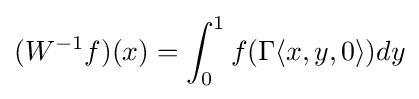
(W^{-1}f)(x)=\int _{0}^{1}f(\Gamma \langle x,y,0\rangle )dy